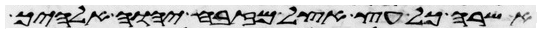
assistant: אשרה כל עץ אצל מזבח יהוה אלהיך